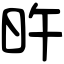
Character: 旿